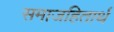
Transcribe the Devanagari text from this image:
समाजहितार्थ